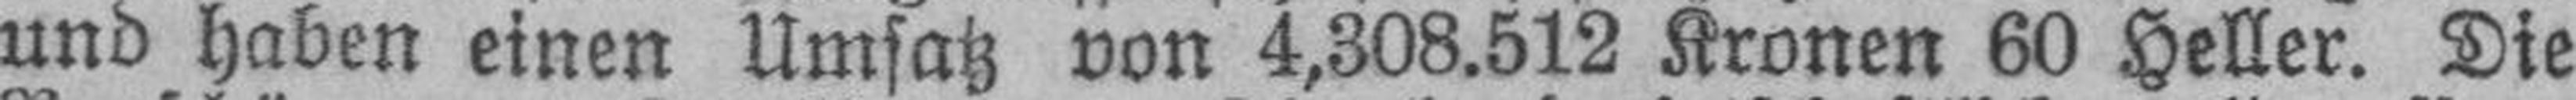
und haben einen Umsatz von 4,308.512 Kronen 60 Heller. Die